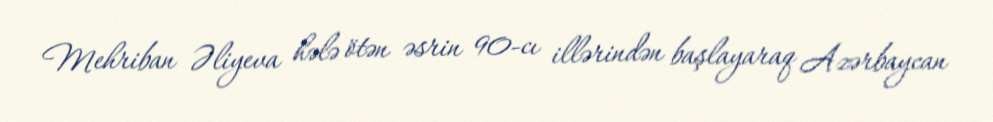
Mehriban Əliyeva hələ ötən əsrin 90-cı illərindən başlayaraq Azərbaycan